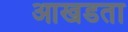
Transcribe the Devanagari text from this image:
आखडता